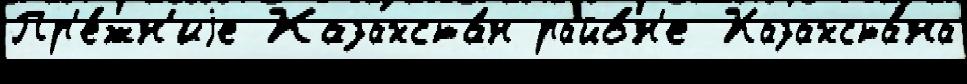
Пр'е́жн'иjе Казахста́н райо́н'е Казахста́на